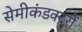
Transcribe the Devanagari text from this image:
सेमीकंडक्टरों